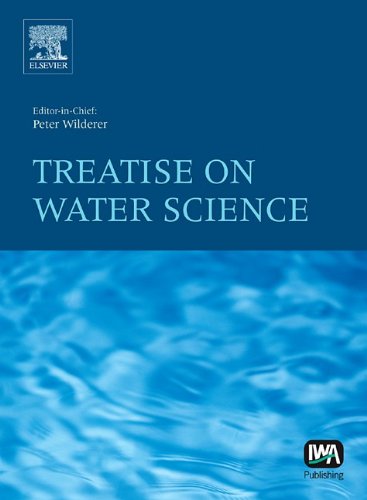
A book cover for Treatise on Water Science, Four-Volume Set; Medical Books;